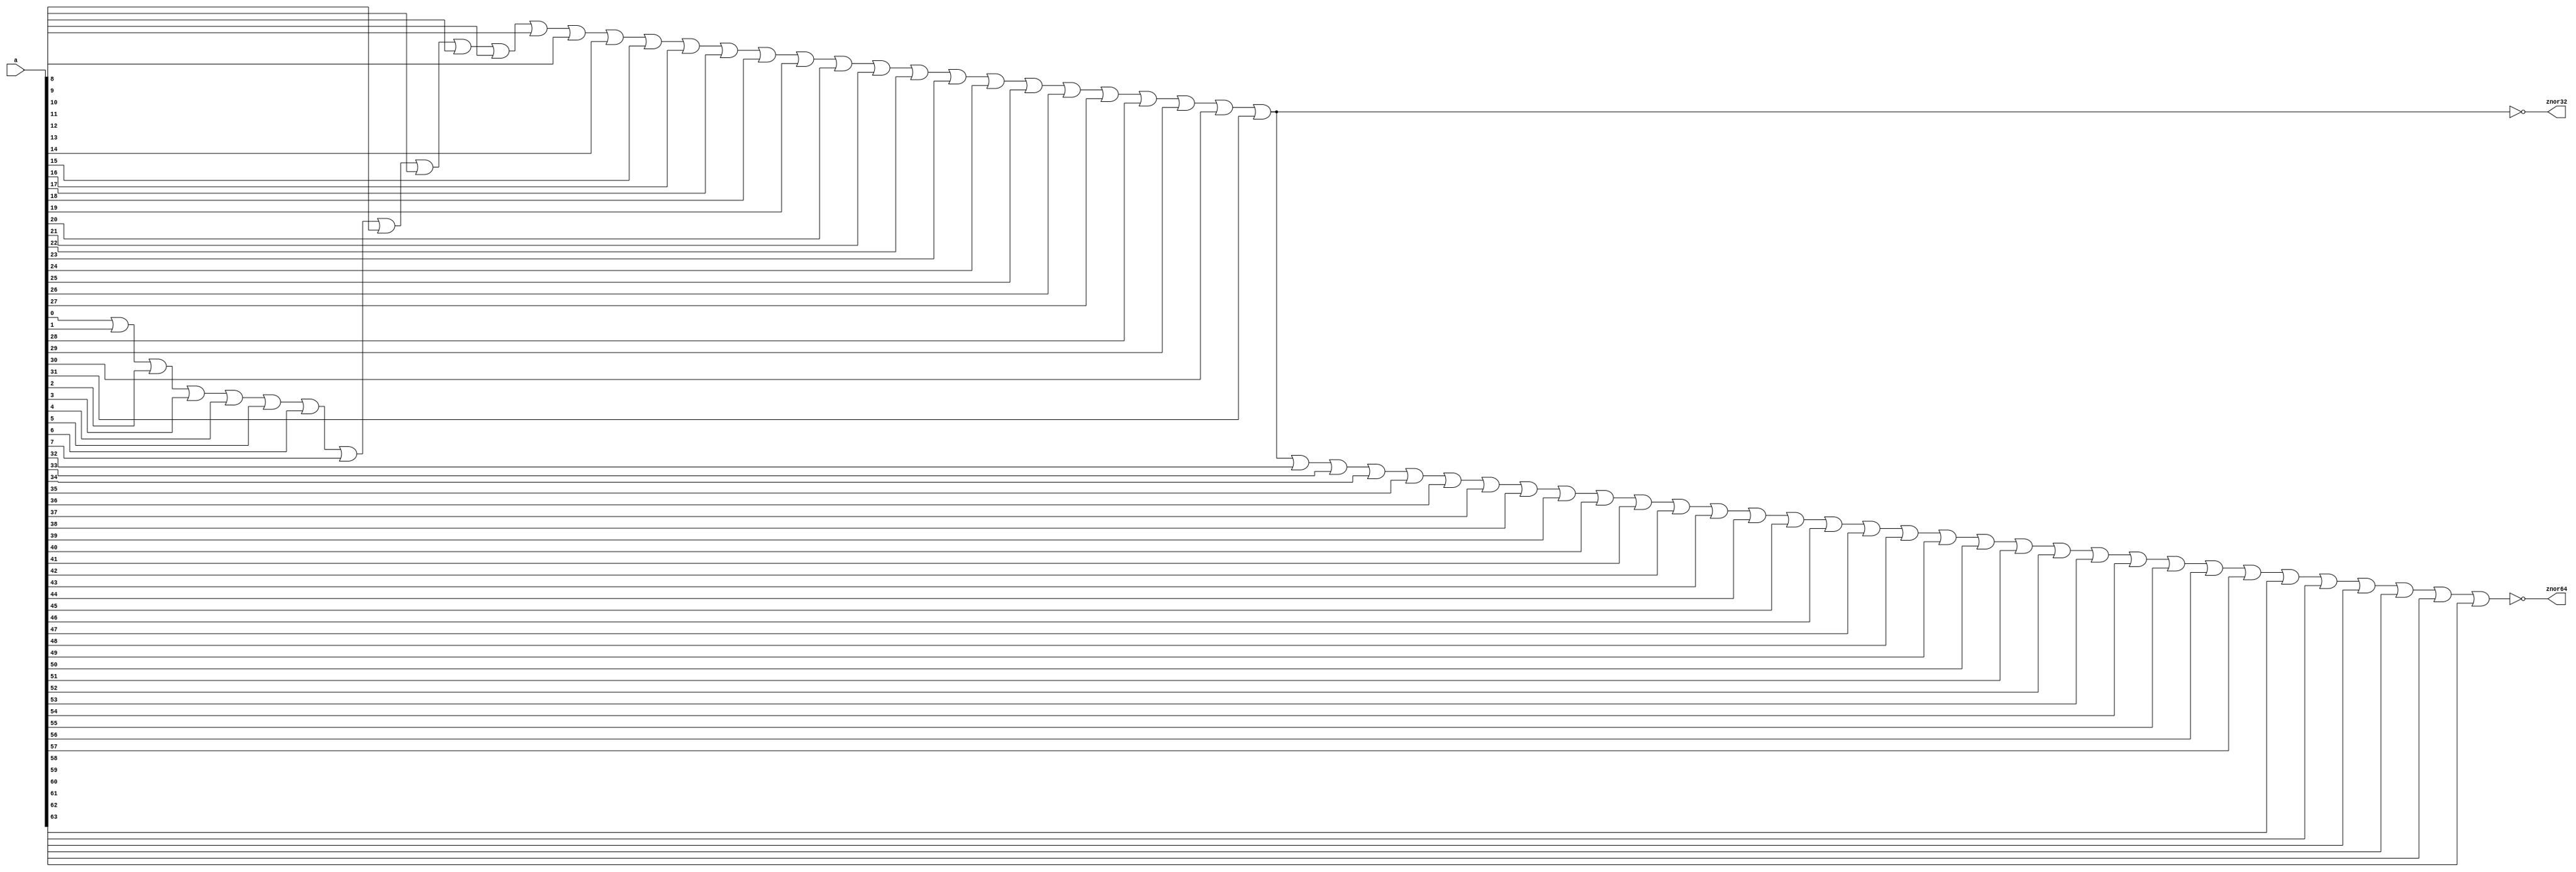
// ========== Copyright Header Begin ==========================================
// 
// OpenSPARC T1 Processor File: m1.behV
// Copyright (c) 2006 Sun Microsystems, Inc.  All Rights Reserved.
// DO NOT ALTER OR REMOVE COPYRIGHT NOTICES.
// 
// The above named program is free software; you can redistribute it and/or
// modify it under the terms of the GNU General Public
// License version 2 as published by the Free Software Foundation.
// 
// The above named program is distributed in the hope that it will be 
// useful, but WITHOUT ANY WARRANTY; without even the implied warranty of
// MERCHANTABILITY or FITNESS FOR A PARTICULAR PURPOSE.  See the GNU
// General Public License for more details.
// 
// You should have received a copy of the GNU General Public
// License along with this work; if not, write to the Free Software
// Foundation, Inc., 51 Franklin St, Fifth Floor, Boston, MA 02110-1301, USA.
// 
// ========== Copyright Header End ============================================
////////////////////////////////////////////////////////////////////////
// 64 bit nor gate with first 32 bits out

module zznor64_32 ( znor64, znor32, a );
  input  [63:0] a;
  output        znor64;
  output        znor32;

  assign znor32 =  ~(a[0]  | a[1]  | a[2]  | a[3]  | a[4]  | a[5]  | a[6]  | a[7]
		   | a[8]  | a[9]  | a[10] | a[11] | a[12] | a[13] | a[14] | a[15]
		   | a[16] | a[17] | a[18] | a[19] | a[20] | a[21] | a[22] | a[23]
		   | a[24] | a[25] | a[26] | a[27] | a[28] | a[29] | a[30] | a[31]); 

  assign znor64 =  ~(a[0]  | a[1]  | a[2]  | a[3]  | a[4]  | a[5]  | a[6]  | a[7]
		   | a[8]  | a[9]  | a[10] | a[11] | a[12] | a[13] | a[14] | a[15]
		   | a[16] | a[17] | a[18] | a[19] | a[20] | a[21] | a[22] | a[23]
		   | a[24] | a[25] | a[26] | a[27] | a[28] | a[29] | a[30] | a[31] 
		   | a[32] | a[33] | a[34] | a[35] | a[36] | a[37] | a[38] | a[39] 
		   | a[40] | a[41] | a[42] | a[43] | a[44] | a[45] | a[46] | a[47] 
		   | a[48] | a[49] | a[50] | a[51] | a[52] | a[53] | a[54] | a[55] 
		   | a[56] | a[57] | a[58] | a[59] | a[60] | a[61] | a[62] | a[63]);

endmodule // zznor64_32



////////////////////////////////////////////////////////////////////////////////
// 36 bit or gate

module zzor36 ( z, a );
  input  [35:0] a;
  output        z;

  assign z =  (a[0]  | a[1]  | a[2]  | a[3]  | a[4]  | a[5]  | a[6]  | a[7]
	     | a[8]  | a[9]  | a[10] | a[11] | a[12] | a[13] | a[14] | a[15]
	     | a[16] | a[17] | a[18] | a[19] | a[20] | a[21] | a[22] | a[23]
	     | a[24] | a[25] | a[26] | a[27] | a[28] | a[29] | a[30] | a[31]
	     | a[32] | a[33] | a[34] | a[35]); 
   
endmodule // zzor36



////////////////////////////////////////////////////////////////////////////////
// 32 bit or gate

module zzor32 ( z, a );
  input  [31:0] a;
  output        z;

  assign z =  (a[0]  | a[1]  | a[2]  | a[3]  | a[4]  | a[5]  | a[6]  | a[7]
	     | a[8]  | a[9]  | a[10] | a[11] | a[12] | a[13] | a[14] | a[15]
	     | a[16] | a[17] | a[18] | a[19] | a[20] | a[21] | a[22] | a[23]
	     | a[24] | a[25] | a[26] | a[27] | a[28] | a[29] | a[30] | a[31]); 

endmodule // zzor32



////////////////////////////////////////////////////////////////////////////////
// 24 bit nor gate

module zznor24 ( z, a );
  input  [23:0] a;
  output        z;

  assign z =  ~(a[0]  | a[1]  | a[2]  | a[3]  | a[4]  | a[5]  | a[6]  | a[7]
	      | a[8]  | a[9]  | a[10] | a[11] | a[12] | a[13] | a[14] | a[15]
	      | a[16] | a[17] | a[18] | a[19] | a[20] | a[21] | a[22] | a[23]); 

endmodule // zznor24



////////////////////////////////////////////////////////////////////////////////
// 16 bit nor gate

module zznor16 ( z, a );
  input  [15:0] a;
  output        z;

  assign z =  ~(a[0] | a[1] | a[2]  | a[3]  | a[4]  | a[5]  | a[6]  | a[7]
	      | a[8] | a[9] | a[10] | a[11] | a[12] | a[13] | a[14] | a[15]); 

endmodule // zznor16



////////////////////////////////////////////////////////////////////////////////
// 8 bit or gate

module zzor8 ( z, a );
  input  [7:0] a;
  output       z;

  assign z =  (a[0] | a[1] | a[2] | a[3] | a[4] | a[5] | a[6] | a[7]); 
   
endmodule // zzor8




////////////////////////////////////////////////////////////////////////////////
//  Description:	This block implements the adder for the sparc FPU.
//  			It takes two operands and a carry bit.  It adds them together
//			and sends the output to adder_out. 

module zzadd13 ( rs1_data, rs2_data, cin, adder_out );

  input  [12:0] rs1_data;   // 1st input operand
  input  [12:0] rs2_data;   // 2nd input operand
  input         cin;        // carry in

  output [12:0] adder_out;  // result of adder

  assign adder_out = rs1_data + rs2_data + cin;

endmodule // zzadd13



////////////////////////////////////////////////////////////////////////////////
//  Description:	This block implements the adder for the sparc FPU.
//  			It takes two operands and a carry bit.  It adds them together
//			and sends the output to adder_out. 

module zzadd56 ( rs1_data, rs2_data, cin, adder_out );

  input  [55:0] rs1_data;   // 1st input operand
  input  [55:0] rs2_data;   // 2nd input operand
  input         cin;        // carry in

  output [55:0] adder_out;  // result of adder

  assign adder_out = rs1_data + rs2_data + cin;

endmodule // zzadd56



////////////////////////////////////////////////////////////////////////////////

module zzadd48 ( rs1_data, rs2_data, cin, adder_out );

  input  [47:0] rs1_data;   // 1st input operand
  input  [47:0] rs2_data;   // 2nd input operand
  input         cin;        // carry in

  output [47:0] adder_out;  // result of adder

  assign adder_out = rs1_data + rs2_data + cin;

endmodule // zzadd48



////////////////////////////////////////////////////////////////////////////////
//  This adder is primarily used in the multiplier.
//  The cin to out path is optimized.

module zzadd34c ( rs1_data, rs2_data, cin, adder_out );

  input  [33:0] rs1_data;
  input  [33:0] rs2_data;
  input         cin;

  output [33:0] adder_out;

  assign adder_out = rs1_data + rs2_data + cin;


endmodule // zzadd34c



////////////////////////////////////////////////////////////////////////////////

module zzadd32 ( rs1_data, rs2_data, cin, adder_out, cout );

  input  [31:0] rs1_data;   // 1st input operand
  input  [31:0] rs2_data;   // 2nd input operand
  input         cin;        // carry in

  output [31:0] adder_out;  // result of adder
  output 	cout;       // carry out

  assign {cout, adder_out} = rs1_data + rs2_data + cin;

endmodule // zzadd32



////////////////////////////////////////////////////////////////////////////////

module zzadd18 ( rs1_data, rs2_data, cin, adder_out, cout );

  input  [17:0] rs1_data;   // 1st input operand
  input  [17:0] rs2_data;   // 2nd input operand
  input         cin;        // carry in

  output [17:0] adder_out;  // result of adder
  output 	cout;       // carry out

  assign {cout, adder_out} = rs1_data + rs2_data + cin;

endmodule // zzadd18



////////////////////////////////////////////////////////////////////////////////

module zzadd8 ( rs1_data, rs2_data, cin, adder_out, cout );

  input  [7:0] rs1_data;   // 1st input operand
  input  [7:0] rs2_data;   // 2nd input operand
  input        cin;        // carry in

  output [7:0] adder_out;  // result of add & decrement
  output       cout;       // carry out

  assign {cout, adder_out} = rs1_data + rs2_data + cin;

endmodule // zzadd8



////////////////////////////////////////////////////////////////////////////////
// Special 4-operand 32b adder used in spu_shamd5
//  Description:        This block implements the 4-operand 32-bit adder for SPU
//			It takes four 32-bit operands. It add them together and
//			output the 32-bit results to adder_out. The overflow of
//			32th bit and higher will be ignored.

module zzadd32op4 ( rs1_data, rs2_data, rs3_data, rs4_data, adder_out );

  input  [31:0] rs1_data;   // 1st input operand
  input  [31:0] rs2_data;   // 2nd input operand
  input  [31:0] rs3_data;   // 3rd input operand
  input  [31:0] rs4_data;   // 4th input operand

  output [31:0] adder_out;  // result of add

  assign adder_out = rs1_data + rs2_data + rs3_data + rs4_data;

endmodule // zzadd32op4


////////////////////////////////////////////////////////////////////////////////
//  Description:	This block implements the adder for the sparc alu.
//  			It takes two operands and a carry bit.  It adds them together
//			and sends the output to adder_out.  It outputs the overflow
//			and carry condition codes for both 64 bit and 32 bit operations.

module zzadd64 ( rs1_data, rs2_data, cin, adder_out, cout32, cout64 );

   input [63:0]  rs1_data;   // 1st input operand
   input [63:0]  rs2_data;   // 2nd input operand
   input         cin;        // carry in

   output [63:0] adder_out;  // result of adder
   output        cout32;     // carry out from lower 32 bit add
   output        cout64;     // carry out from 64 bit add

   assign {cout32, adder_out[31:0]}  = rs1_data[31:0]  + rs2_data[31:0]  + cin;
   assign {cout64, adder_out[63:32]} = rs1_data[63:32] + rs2_data[63:32] + cout32;

endmodule // zzadd64



///////////////////////////////////////////////////////////////////////
/*
//      Description: This is the ffu VIS adder.  It can do either
//                              2 16 bit adds or 1 32 bit add.
*/

module zzadd32v (/*AUTOARG*/
   // Outputs
   z,
   // Inputs
   a, b, cin, add32
   ) ;
   input [31:0] a;
   input [31:0] b;
   input        cin;
   input        add32;

   output [31:0] z;

   wire          cout15; // carry out from lower 16 bit add
   wire          cin16; // carry in to the upper 16 bit add
   wire          cout31; // carry out from the upper 16 bit add

   assign        cin16 = (add32)? cout15: cin;

   assign      {cout15, z[15:0]} = a[15:0]+b[15:0]+ cin;
   assign      {cout31, z[31:16]} = a[31:16]+b[31:16]+ cin16;

endmodule // zzadd32v




////////////////////////////////////////////////////////////////////////////////
// 64-bit incrementer

module zzinc64 ( in, out );

  input  [63:0] in;

  output [63:0] out;   // result of increment

  assign out = in + 1'b1;

endmodule // zzinc64


////////////////////////////////////////////////////////////////////////////////
// 48-bit incrementer

module zzinc48 ( in, out, overflow );

  input  [47:0] in;

  output [47:0] out;      // result of increment
  output        overflow; // overflow

  assign out      = in + 1'b1;
  assign overflow = ~in[47] & out[47];

endmodule // zzinc48


////////////////////////////////////////////////////////////////////////////////
// 32-bit incrementer

module zzinc32 ( in, out );

  input  [31:0] in;

  output [31:0] out;   // result of increment

  assign out = in + 1'b1;

endmodule // zzinc32


////////////////////////////////////////////////////////////////////////////////

module zzecc_exu_chkecc2 ( q,ce, ue, ne, d, p, vld );
   input [63:0] d;
   input [7:0]  p;
   input        vld;
   output [6:0] q;
   output       ce,
                ue,
                ne;

   wire       parity;

   assign     ce = vld & parity;

   assign ue = vld & ~parity & (q[6] | q[5] | q[4] | q[3] | q[2] | q[1] | q[0]);

   assign ne = ~vld | ~(parity | q[6] | q[5] | q[4] | q[3] | q[2] | q[1] | q[0]);


   assign q[0] = d[0]  ^ d[1]  ^ d[3]  ^ d[4]  ^ d[6]  ^ d[8]  ^ d[10]
               ^ d[11] ^ d[13] ^ d[15] ^ d[17] ^ d[19] ^ d[21] ^ d[23]
               ^ d[25] ^ d[26] ^ d[28] ^ d[30] ^ d[32] ^ d[34] ^ d[36]
               ^ d[38] ^ d[40] ^ d[42] ^ d[44] ^ d[46] ^ d[48] ^ d[50]
               ^ d[52] ^ d[54] ^ d[56] ^ d[57] ^ d[59] ^ d[61] ^ d[63]
               ^ p[0]  ;

   assign q[1] = d[0]  ^ d[2]  ^ d[3]  ^ d[5]  ^ d[6]  ^ d[9]  ^ d[10]
               ^ d[12] ^ d[13] ^ d[16] ^ d[17] ^ d[20] ^ d[21] ^ d[24]
               ^ d[25] ^ d[27] ^ d[28] ^ d[31] ^ d[32] ^ d[35] ^ d[36]
               ^ d[39] ^ d[40] ^ d[43] ^ d[44] ^ d[47] ^ d[48] ^ d[51]
               ^ d[52] ^ d[55] ^ d[56] ^ d[58] ^ d[59] ^ d[62] ^ d[63]
               ^ p[1]  ;

   assign q[2] = d[1]  ^ d[2]  ^ d[3]  ^ d[7]  ^ d[8]  ^ d[9]  ^ d[10]
               ^ d[14] ^ d[15] ^ d[16] ^ d[17] ^ d[22] ^ d[23] ^ d[24]
               ^ d[25] ^ d[29] ^ d[30] ^ d[31] ^ d[32] ^ d[37] ^ d[38]
               ^ d[39] ^ d[40] ^ d[45] ^ d[46] ^ d[47] ^ d[48] ^ d[53]
               ^ d[54] ^ d[55] ^ d[56] ^ d[60] ^ d[61] ^ d[62] ^ d[63]
               ^ p[2]  ;

   assign q[3] = d[4]  ^ d[5]  ^ d[6]  ^ d[7]  ^ d[8]  ^ d[9]  ^ d[10]
               ^ d[18] ^ d[19] ^ d[20] ^ d[21] ^ d[22] ^ d[23] ^ d[24]
               ^ d[25] ^ d[33] ^ d[34] ^ d[35] ^ d[36] ^ d[37] ^ d[38]
               ^ d[39] ^ d[40] ^ d[49] ^ d[50] ^ d[51] ^ d[52] ^ d[53]
               ^ d[54] ^ d[55] ^ d[56] ^ p[3]  ;

   assign q[4] = d[11] ^ d[12] ^ d[13] ^ d[14] ^ d[15] ^ d[16] ^ d[17]
               ^ d[18] ^ d[19] ^ d[20] ^ d[21] ^ d[22] ^ d[23] ^ d[24]
               ^ d[25] ^ d[41] ^ d[42] ^ d[43] ^ d[44] ^ d[45] ^ d[46]
               ^ d[47] ^ d[48] ^ d[49] ^ d[50] ^ d[51] ^ d[52] ^ d[53]
               ^ d[54] ^ d[55] ^ d[56] ^ p[4]  ;

   assign q[5] = d[26] ^ d[27] ^ d[28] ^ d[29] ^ d[30] ^ d[31] ^ d[32]
               ^ d[33] ^ d[34] ^ d[35] ^ d[36] ^ d[37] ^ d[38] ^ d[39]
               ^ d[40] ^ d[41] ^ d[42] ^ d[43] ^ d[44] ^ d[45] ^ d[46]
               ^ d[47] ^ d[48] ^ d[49] ^ d[50] ^ d[51] ^ d[52] ^ d[53]
               ^ d[54] ^ d[55] ^ d[56] ^ p[5]  ;

   assign q[6] = d[57] ^ d[58] ^ d[59] ^ d[60] ^ d[61] ^ d[62] ^ d[63] ^ p[6] ;

   assign parity = d[0]  ^ d[1]  ^ d[2]  ^ d[3]  ^ d[4]  ^ d[5]  ^ d[6]  ^ d[7]
                 ^ d[8]  ^ d[9]  ^ d[10] ^ d[11] ^ d[12] ^ d[13] ^ d[14] ^ d[15]
                 ^ d[16] ^ d[17] ^ d[18] ^ d[19] ^ d[20] ^ d[21] ^ d[22] ^ d[23]
                 ^ d[24] ^ d[25] ^ d[26] ^ d[27] ^ d[28] ^ d[29] ^ d[30] ^ d[31]
                 ^ d[32] ^ d[33] ^ d[34] ^ d[35] ^ d[36] ^ d[37] ^ d[38] ^ d[39]
                 ^ d[40] ^ d[41] ^ d[42] ^ d[43] ^ d[44] ^ d[45] ^ d[46] ^ d[47]
                 ^ d[48] ^ d[49] ^ d[50] ^ d[51] ^ d[52] ^ d[53] ^ d[54] ^ d[55]
                 ^ d[56] ^ d[57] ^ d[58] ^ d[59] ^ d[60] ^ d[61] ^ d[62] ^ d[63]
                 ^ p[0]  ^ p[1]  ^ p[2]  ^ p[3]  ^ p[4]  ^ p[5]  ^ p[6]  ^ p[7];

endmodule // zzecc_exu_chkecc2



////////////////////////////////////////////////////////////////////////////////

module zzecc_sctag_24b_gen ( din, dout, parity ) ;

// Input Ports
input  [23:0] din ;

// Output Ports
output [23:0] dout ;
output [5:0]  parity ;

wire   [23:0] dout ;
wire   [5:0]  parity ;

// Local Reg and Wires
wire          p1 ;
wire          p2 ;
wire          p4 ;
wire          p8 ;
wire          p16 ;
wire          p30 ;


//----|--|--|--|--|--|--|--|--|--|--|--|--|--|--|---|---|---|---|---|---|---|---|---|---|---|---|---|---|---|---|
//    |1 |2 |3 |4 |5 |6 |7 |8 |9 |10|11|12|13|14|15 |16 |17 |18 |19 |20 |21 |22 |23 |24 |25 |26 |27 |28 |29 |30 |
//    |P1|P2|D0|P4|D1|D2|D3|P8|D4|D5|D6|D7|D8|D9|D10|P16|D11|D12|D13|D14|D15|D16|D17|D18|D19|D20|D21|D22|D23|P30|
//----|--|--|--|--|--|--|--|--|--|--|--|--|--|--|---|---|---|---|---|---|---|---|---|---|---|---|---|---|---|---|
//P1  |  |  |* |  |* |  |* |  |* |  |* |  |* |  | * |   | * |   | * |   | * |   | * |   | * |   | * |   | * |   |
//P2  |  |  |* |  |  |* |* |  |  |* |* |  |  |* | * |   |   | * | * |   |   | * | * |   |   | * | * |   |   |   |
//P4  |  |  |  |  |* |* |* |  |  |  |  |* |* |* | * |   |   |   |   | * | * | * | * |   |   |   |   | * | * |   |
//P8  |  |  |  |  |  |  |  |  |* |* |* |* |* |* | * |   |   |   |   |   |   |   |   | * | * | * | * | * | * |   |
//P16 |  |  |  |  |  |  |  |  |  |  |  |  |  |  |   |   | * | * | * | * | * | * | * | * | * | * | * | * | * |   |
//----|--|--|--|--|--|--|--|--|--|--|--|--|--|--|---|---|---|---|---|---|---|---|---|---|---|---|---|---|---|---|
//p30 |  |  |* |  |* |* |  |  |* |* |  |* |  |  | * |   | * | * |   | * |   |   | * | * |   |   | * |   | * |   |
//----|--|--|--|--|--|--|--|--|--|--|--|--|--|--|---|---|---|---|---|---|---|---|---|---|---|---|---|---|---|---|


assign p1  = din[0]  ^ din[1]  ^ din[3]  ^ din[4]  ^ din[6]  ^ din[8]  ^
             din[10] ^ din[11] ^ din[13] ^ din[15] ^ din[17] ^ din[19] ^
             din[21] ^ din[23] ;

assign p2  = din[0]  ^ din[2]  ^ din[3]  ^ din[5]  ^ din[6]  ^ din[9]  ^
             din[10] ^ din[12] ^ din[13] ^ din[16] ^ din[17] ^ din[20] ^
             din[21] ;

assign p4  = din[1]  ^ din[2]  ^ din[3]  ^ din[7]  ^ din[8]  ^ din[9]  ^
             din[10] ^ din[14] ^ din[15] ^ din[16] ^ din[17] ^ din[22] ^
             din[23] ;

assign p8  = din[4]  ^ din[5]  ^ din[6]  ^ din[7]  ^ din[8]  ^ din[9]  ^
             din[10] ^ din[18] ^ din[19] ^ din[20] ^ din[21] ^ din[22] ^
             din[23] ;

assign p16 = din[11] ^ din[12] ^ din[13] ^ din[14] ^ din[15] ^ din[16] ^
             din[17] ^ din[18] ^ din[19] ^ din[20] ^ din[21] ^ din[22] ^
             din[23] ;

assign p30 = din[0]  ^ din[1]  ^ din[2]  ^ din[4]  ^ din[5]  ^
             din[7]  ^ din[10] ^ din[11] ^ din[12] ^ din[14] ^
             din[17] ^ din[18] ^ din[21] ^ din[23] ;

assign dout   = din ;
assign parity = {p30, p16, p8, p4, p2, p1} ;

endmodule



////////////////////////////////////////////////////////////////////////////////

module zzecc_sctag_30b_cor ( din, parity, dout, corrected_bit ) ;

// Input Ports
input  [23:0] din ;
input  [4:0]  parity ;

// Output Ports
output [23:0] dout ;
output [4:0]  corrected_bit ;

wire   [23:0] dout ;
wire   [4:0]  corrected_bit ;

// Local Reg and Wires
wire          p1 ;
wire          p2 ;
wire          p4 ;
wire          p8 ;
wire          p16 ;
wire [23:0]   error_bit ;


//----|--|--|--|--|--|--|--|--|--|--|--|--|--|--|---|---|---|---|---|---|---|---|---|---|---|---|---|---|---|---|
//    |1 |2 |3 |4 |5 |6 |7 |8 |9 |10|11|12|13|14|15 |16 |17 |18 |19 |20 |21 |22 |23 |24 |25 |26 |27 |28 |29 |30 |
//    |P1|P2|D0|P4|D1|D2|D3|P8|D4|D5|D6|D7|D8|D9|D10|P16|D11|D12|D13|D14|D15|D16|D17|D18|D19|D20|D21|D22|D23|P30|
//----|--|--|--|--|--|--|--|--|--|--|--|--|--|--|---|---|---|---|---|---|---|---|---|---|---|---|---|---|---|---|
//P1  |* |  |* |  |* |  |* |  |* |  |* |  |* |  | * |   | * |   | * |   | * |   | * |   | * |   | * |   | * |   |
//P2  |  |* |* |  |  |* |* |  |  |* |* |  |  |* | * |   |   | * | * |   |   | * | * |   |   | * | * |   |   |   |
//P4  |  |  |  |* |* |* |* |  |  |  |  |* |* |* | * |   |   |   |   | * | * | * | * |   |   |   |   | * | * |   |
//P8  |  |  |  |  |  |  |  |* |* |* |* |* |* |* | * |   |   |   |   |   |   |   |   | * | * | * | * | * | * |   |
//P16 |  |  |  |  |  |  |  |  |  |  |  |  |  |  |   | * | * | * | * | * | * | * | * | * | * | * | * | * | * |   |
//----|--|--|--|--|--|--|--|--|--|--|--|--|--|--|---|---|---|---|---|---|---|---|---|---|---|---|---|---|---|---|
//p30 |* |* |* |* |* |* |* |* |* |* |* |* |* |* | * | * | * | * | * | * | * | * | * | * | * | * | * | * | * | * |
//----|--|--|--|--|--|--|--|--|--|--|--|--|--|--|---|---|---|---|---|---|---|---|---|---|---|---|---|---|---|---|


assign p1  = parity[0] ^
             din[0]  ^ din[1]  ^ din[3]  ^ din[4]  ^ din[6]  ^ din[8]  ^
             din[10] ^ din[11] ^ din[13] ^ din[15] ^ din[17] ^ din[19] ^
             din[21] ^ din[23] ;

assign p2  = parity[1] ^
             din[0]  ^ din[2]  ^ din[3]  ^ din[5]  ^ din[6]  ^ din[9]  ^
             din[10] ^ din[12] ^ din[13] ^ din[16] ^ din[17] ^ din[20] ^
             din[21] ;

assign p4  = parity[2] ^
             din[1]  ^ din[2]  ^ din[3]  ^ din[7]  ^ din[8]  ^ din[9]  ^
             din[10] ^ din[14] ^ din[15] ^ din[16] ^ din[17] ^ din[22] ^
             din[23] ;

assign p8  = parity[3] ^
             din[4]  ^ din[5]  ^ din[6]  ^ din[7]  ^ din[8]  ^ din[9]  ^
             din[10] ^ din[18] ^ din[19] ^ din[20] ^ din[21] ^ din[22] ^
             din[23] ;

assign p16 = parity[4] ^
             din[11] ^ din[12] ^ din[13] ^ din[14] ^ din[15] ^ din[16] ^
             din[17] ^ din[18] ^ din[19] ^ din[20] ^ din[21] ^ din[22] ^
             din[23] ;

assign  error_bit[0]  = !p16 & !p8 & !p4 &  p2 &  p1 ; // 3
assign  error_bit[1]  = !p16 & !p8 &  p4 & !p2 &  p1 ; // 5
assign  error_bit[2]  = !p16 & !p8 &  p4 &  p2 & !p1 ; // 6
assign  error_bit[3]  = !p16 & !p8 &  p4 &  p2 &  p1 ; // 7
assign  error_bit[4]  = !p16 &  p8 & !p4 & !p2 &  p1 ; // 9
assign  error_bit[5]  = !p16 &  p8 & !p4 &  p2 & !p1 ; // 10
assign  error_bit[6]  = !p16 &  p8 & !p4 &  p2 &  p1 ; // 11
assign  error_bit[7]  = !p16 &  p8 &  p4 & !p2 & !p1 ; // 12
assign  error_bit[8]  = !p16 &  p8 &  p4 & !p2 &  p1 ; // 13
assign  error_bit[9]  = !p16 &  p8 &  p4 &  p2 & !p1 ; // 14
assign  error_bit[10] = !p16 &  p8 &  p4 &  p2 &  p1 ; // 15
assign  error_bit[11] =  p16 & !p8 & !p4 & !p2 &  p1 ; // 17
assign  error_bit[12] =  p16 & !p8 & !p4 &  p2 & !p1 ; // 18
assign  error_bit[13] =  p16 & !p8 & !p4 &  p2 &  p1 ; // 19
assign  error_bit[14] =  p16 & !p8 &  p4 & !p2 & !p1 ; // 20
assign  error_bit[15] =  p16 & !p8 &  p4 & !p2 &  p1 ; // 21
assign  error_bit[16] =  p16 & !p8 &  p4 &  p2 & !p1 ; // 22
assign  error_bit[17] =  p16 & !p8 &  p4 &  p2 &  p1 ; // 23
assign  error_bit[18] =  p16 &  p8 & !p4 & !p2 & !p1 ; // 24
assign  error_bit[19] =  p16 &  p8 & !p4 & !p2 &  p1 ; // 25
assign  error_bit[20] =  p16 &  p8 & !p4 &  p2 & !p1 ; // 26
assign  error_bit[21] =  p16 &  p8 & !p4 &  p2 &  p1 ; // 27
assign  error_bit[22] =  p16 &  p8 &  p4 & !p2 & !p1 ; // 28
assign  error_bit[23] =  p16 &  p8 &  p4 & !p2 &  p1 ; // 29

assign  dout          = din ^ error_bit ;
assign  corrected_bit = {p16, p8, p4, p2, p1} ;

endmodule



////////////////////////////////////////////////////////////////////////////////
//Module Name: zzecc_sctag_ecc39
//Function: Error Detection and Correction
//
//

module zzecc_sctag_ecc39 ( dout, cflag, pflag, parity, din);

   //Output: 32bit corrected data
   output[31:0] dout;
   output [5:0] cflag;
   output 	pflag;
   
   //Input: 32bit data din
   input [31:0] din;
   input [6:0]	parity;

   wire 	c0,c1,c2,c3,c4,c5;
   wire [31:0] 	err_bit_pos;

   //refer to the comments in parity_gen_32b.v for the position description
   
   assign c0= parity[0]^(din[0]^din[1])^(din[3]^din[4])^(din[6]^din[8])
                     ^(din[10]^din[11])^(din[13]^din[15])^(din[17]^din[19])
		     ^(din[21]^din[23])^(din[25]^din[26])^(din[28]^din[30]);
   
   assign c1= parity[1]^(din[0]^din[2])^(din[3]^din[5])^(din[6]^din[9])
                     ^(din[10]^din[12])^(din[13]^din[16])^(din[17]^din[20])
		     ^(din[21]^din[24])^(din[25]^din[27])^(din[28]^din[31]);
   
   assign c2= parity[2]^(din[1]^din[2])^(din[3]^din[7])^(din[8]^din[9])
                     ^(din[10]^din[14])^(din[15]^din[16])^(din[17]^din[22])
		     ^(din[23]^din[24])^(din[25]^din[29])^(din[30]^din[31]);
   
   assign c3= parity[3]^(din[4]^din[5])^(din[6]^din[7])^(din[8]^din[9])
                     ^(din[10]^din[18])^(din[19]^din[20])^(din[21]^din[22])
		     ^(din[23]^din[24])^din[25];
   
   assign c4= parity[4]^(din[11]^din[12])^(din[13]^din[14])^
                    (din[15]^din[16])^(din[17]^din[18])^(din[19]^din[20])^
                    (din[21]^din[22])^(din[23]^din[24])^din[25];

   assign c5= parity[5]^(din[26]^din[27])^(din[28]^din[29])^
		    (din[30]^din[31]);

   //generate total parity flag
   assign pflag= c0 ^
		(( (((parity[1]^parity[2])^(parity[3]^parity[4])) ^
		 ((parity[5]^parity[6])^(din[2]^din[5]))) ^		 
		 (((din[7]^din[9])^(din[12]^din[14])) ^
		 ((din[16]^din[18])^(din[20]^din[22]))) ) ^
		 ((din[24]^din[27])^(din[29]^din[31])) );
   
   assign cflag= {c5,c4,c3,c2,c1,c0};
   
   //6 to 32 decoder
   assign err_bit_pos[0] = (c0)&(c1)&(~c2)&(~c3)&(~c4)&(~c5);
   assign err_bit_pos[1] = (c0)&(~c1)&(c2)&(~c3)&(~c4)&(~c5);
   assign err_bit_pos[2] = (~c0)&(c1)&(c2)&(~c3)&(~c4)&(~c5);
   assign err_bit_pos[3] = (c0)&(c1)&(c2)&(~c3)&(~c4)&(~c5);
   assign err_bit_pos[4] = (c0)&(~c1)&(~c2)&(c3)&(~c4)&(~c5);
   assign err_bit_pos[5] = (~c0)&(c1)&(~c2)&(c3)&(~c4)&(~c5);
   assign err_bit_pos[6] = (c0)&(c1)&(~c2)&(c3)&(~c4)&(~c5);
   assign err_bit_pos[7] = (~c0)&(~c1)&(c2)&(c3)&(~c4)&(~c5);
   assign err_bit_pos[8] = (c0)&(~c1)&(c2)&(c3)&(~c4)&(~c5);
   assign err_bit_pos[9] = (~c0)&(c1)&(c2)&(c3)&(~c4)&(~c5);
   assign err_bit_pos[10] = (c0)&(c1)&(c2)&(c3)&(~c4)&(~c5);
   assign err_bit_pos[11] = (c0)&(~c1)&(~c2)&(~c3)&(c4)&(~c5);
   assign err_bit_pos[12] = (~c0)&(c1)&(~c2)&(~c3)&(c4)&(~c5);
   assign err_bit_pos[13] = (c0)&(c1)&(~c2)&(~c3)&(c4)&(~c5);
   assign err_bit_pos[14] = (~c0)&(~c1)&(c2)&(~c3)&(c4)&(~c5);
   assign err_bit_pos[15] = (c0)&(~c1)&(c2)&(~c3)&(c4)&(~c5);
   assign err_bit_pos[16] = (~c0)&(c1)&(c2)&(~c3)&(c4)&(~c5);
   assign err_bit_pos[17] = (c0)&(c1)&(c2)&(~c3)&(c4)&(~c5);
   assign err_bit_pos[18] = (~c0)&(~c1)&(~c2)&(c3)&(c4)&(~c5);
   assign err_bit_pos[19] = (c0)&(~c1)&(~c2)&(c3)&(c4)&(~c5);
   assign err_bit_pos[20] = (~c0)&(c1)&(~c2)&(c3)&(c4)&(~c5);
   assign err_bit_pos[21] = (c0)&(c1)&(~c2)&(c3)&(c4)&(~c5);
   assign err_bit_pos[22] = (~c0)&(~c1)&(c2)&(c3)&(c4)&(~c5);
   assign err_bit_pos[23] = (c0)&(~c1)&(c2)&(c3)&(c4)&(~c5);
   assign err_bit_pos[24] = (~c0)&(c1)&(c2)&(c3)&(c4)&(~c5);
   assign err_bit_pos[25] = (c0)&(c1)&(c2)&(c3)&(c4)&(~c5);
   assign err_bit_pos[26] = (c0)&(~c1)&(~c2)&(~c3)&(~c4)&(c5);
   assign err_bit_pos[27] = (~c0)&(c1)&(~c2)&(~c3)&(~c4)&(c5);
   assign err_bit_pos[28] = (c0)&(c1)&(~c2)&(~c3)&(~c4)&(c5);
   assign err_bit_pos[29] = (~c0)&(~c1)&(c2)&(~c3)&(~c4)&(c5);
   assign err_bit_pos[30] = (c0)&(~c1)&(c2)&(~c3)&(~c4)&(c5);
   assign err_bit_pos[31] = (~c0)&(c1)&(c2)&(~c3)&(~c4)&(c5);

   //correct the error bit, it can only correct one error bit.
   
   assign dout = din ^ err_bit_pos;

endmodule // zzecc_sctag_ecc39


////////////////////////////////////////////////////////////////////////////////
//Module Name: zzecc_sctag_pgen_32b
//Function: Generate 7 parity bits for 32bits input data
//

module zzecc_sctag_pgen_32b ( dout, parity, din);

   //Output: 32bit dout and 7bit parity bit
   output[31:0] dout;
   output [6:0] parity;

   //Input: 32bit data din
   input [31:0] din;

   //input data passing through this module
   assign dout = din ;

   //generate parity bits based on the hamming codes
   //the method to generate parity bit is shown as follows
   //1   2  3  4  5  6  7  8  9 10 11 12 13 14  15  16  17  18  19
   //P1 P2 d0 P4 d1 d2 d3 P8 d4 d5 d6 d7 d8 d9 d10 P16 d11 d12 d13 
   //
   // 20  21  22  23  24  25  26  27  28  29  30  31  32  33  34  35 
   //d14 d15 d16 d17 d18 d19 d20 d21 d22 d23 d24 d25 P32 d26 d27 d28
   //
   // 36  37  38       
   //d29 d30 d31
   //For binary numbers B1-B2-B3-B4-B5-B6:
   //B1=1 for (1,3,5,7,9,11,13,15,17,19,21,23,25,27,29,31,33,35,37,39,...)
   //B2=1 for (2,3,6,7,10,11,14,15,18,19,22,23,26,27,30,31,34,35,38,39...)
   //B3=1 for (4,5,6,7,12,13,14,15,20,21,22,23,28,29,30,31,36,37,38,39....)
   //B4=1 for (8,9,10,11,12,13,14,15,24,25,26,27,28,29,30,31,40,41,42,....)
   //B5=1 for (16,17,18,19,20,21,22,23,24,25,26,27,28,29,30,31,48,49,...)
   //B6=1 for (32,33,34,35,36,37,38,39,40,41,42,43,44,45,46,47,48,49...)
   //Parity bit P1,P2,P4,P8,P16,P32 can be generated from the above group of
   //bits B1=1,B2=1,B3=1,B4=1,B5=1,B6=1 respectively.

   //use parity[5:0] to stand for P1,P2,P4,P8,P16,P32
   assign parity[0] = (din[0]^din[1])^(din[3]^din[4])^(din[6]^din[8])
                     ^(din[10]^din[11])^(din[13]^din[15])^(din[17]^din[19])
		     ^(din[21]^din[23])^(din[25]^din[26])^(din[28]^din[30]);
   //
   assign parity[1] = (din[0]^din[2])^(din[3]^din[5])^(din[6]^din[9])
                     ^(din[10]^din[12])^(din[13]^din[16])^(din[17]^din[20])
		     ^(din[21]^din[24])^(din[25]^din[27])^(din[28]^din[31]);
   //
   assign parity[2] = (din[1]^din[2])^(din[3]^din[7])^(din[8]^din[9])
                     ^(din[10]^din[14])^(din[15]^din[16])^(din[17]^din[22])
		     ^(din[23]^din[24])^(din[25]^din[29])^(din[30]^din[31]);
   //
   assign parity[3] = (din[4]^din[5])^(din[6]^din[7])^(din[8]^din[9])
                     ^(din[10]^din[18])^(din[19]^din[20])^(din[21]^din[22])
		     ^(din[23]^din[24])^din[25];
   //
   assign parity[4] = (din[11]^din[12])^(din[13]^din[14])^(din[15]^din[16])
                     ^(din[17]^din[18])^(din[19]^din[20])^(din[21]^din[22])
		     ^(din[23]^din[24])^din[25];
   //
   assign parity[5] = (din[26]^din[27])^(din[28]^din[29])^(din[30]^din[31]);

   //the last parity bit is the xor of all 38bits
   //assign parity[6] = (^din)^(^parity[5:0]);
   //it can be further simplified as:
   //din= d0  d1  d2  d3  d4  d5  d6  d7  d8  d9 d10 d11 d12 d13 d14 d15 
   //p0 =  x   x       x   x       x       x       x   x       x       x
   //p1 =  x       x   x       x   x           x   x       x   x
   //p2 =      x   x   x               x   x   x   x               x   x
   //p3 =                  x   x   x   x   x   x   x  
   //p4 =                                              x   x   x   x   x
   //p5 =
   //-------------------------------------------------------------------
   //Total 3   3   3   4   3   3   4   3   4   4   5   3   3   4   3   4 
   //
   //din=d16 d17 d18 d19 d20 d21 d22 d23 d24 d25 d26 d27 d28 d29 d30 d31 
   //p0=       x       x       x       x       x   x       x       x    
   //p1=   x   x           x   x           x   x       x   x           x
   //p2=   x   x                   x   x   x   x               x   x   x
   //p3=           x   x   x   x   x   x   x   x
   //p4=   x   x   x   x   x   x   x   x   x   x
   //p5=                                           x   x   x   x   x   x
   //-------------------------------------------------------------------
   //total 4   5   3   4   4   5   4   5   5   6   3   3   4   3   4   4

   //so total=even number, the corresponding bit will not show up in the
   //final xor tree.
   assign parity[6] =  din[0] ^ din[1]  ^ din[2]  ^ din[4]  ^ din[5] ^ din[7]
		    ^ din[10] ^ din[11] ^ din[12] ^ din[14] ^ din[17]
		    ^ din[18] ^ din[21] ^ din[23] ^ din[24] ^ din[26]
		    ^ din[27] ^ din[29];
   
endmodule // zzecc_sctag_pgen_32b

////////////////////////////////////////////////////////////////////////////////
// 34 bit parity tree

module zzpar34 ( z, d );
   input  [33:0] d;
   output        z;

   assign  z =  d[0]  ^ d[1]  ^ d[2]  ^ d[3]  ^ d[4]  ^ d[5]  ^ d[6]  ^ d[7]
	      ^ d[8]  ^ d[9]  ^ d[10] ^ d[11] ^ d[12] ^ d[13] ^ d[14] ^ d[15]
	      ^ d[16] ^ d[17] ^ d[18] ^ d[19] ^ d[20] ^ d[21] ^ d[22] ^ d[23]
	      ^ d[24] ^ d[25] ^ d[26] ^ d[27] ^ d[28] ^ d[29] ^ d[30] ^ d[31]
	      ^ d[32] ^ d[33]; 

endmodule // zzpar34



////////////////////////////////////////////////////////////////////////////////
// 32 bit parity tree

module zzpar32 ( z, d );
   input  [31:0] d;
   output        z;

   assign  z =  d[0]  ^ d[1]  ^ d[2]  ^ d[3]  ^ d[4]  ^ d[5]  ^ d[6]  ^ d[7]
	      ^ d[8]  ^ d[9]  ^ d[10] ^ d[11] ^ d[12] ^ d[13] ^ d[14] ^ d[15]
	      ^ d[16] ^ d[17] ^ d[18] ^ d[19] ^ d[20] ^ d[21] ^ d[22] ^ d[23]
	      ^ d[24] ^ d[25] ^ d[26] ^ d[27] ^ d[28] ^ d[29] ^ d[30] ^ d[31]; 

endmodule // zzpar32



////////////////////////////////////////////////////////////////////////////////
// 28 bit parity tree

module zzpar28 ( z, d );
   input  [27:0] d;
   output        z;

   assign  z =  d[0]  ^ d[1]  ^ d[2]  ^ d[3]  ^ d[4]  ^ d[5]  ^ d[6]  ^ d[7]
	      ^ d[8]  ^ d[9]  ^ d[10] ^ d[11] ^ d[12] ^ d[13] ^ d[14] ^ d[15]
	      ^ d[16] ^ d[17] ^ d[18] ^ d[19] ^ d[20] ^ d[21] ^ d[22] ^ d[23]
	      ^ d[24] ^ d[25] ^ d[26] ^ d[27]; 

endmodule // zzpar28



////////////////////////////////////////////////////////////////////////////////
// 16 bit parity tree

module zzpar16 ( z, d );
   input  [15:0] d;
   output        z;

   assign z = d[0] ^ d[1] ^ d[2]  ^ d[3]  ^ d[4]  ^ d[5]  ^ d[6]  ^ d[7]
	    ^ d[8] ^ d[9] ^ d[10] ^ d[11] ^ d[12] ^ d[13] ^ d[14] ^ d[15]; 
   
endmodule // zzpar16



////////////////////////////////////////////////////////////////////////////////
// 8 bit parity tree

module zzpar8 ( z, d );
   input  [7:0] d;
   output       z;

   assign  z =  d[0] ^ d[1] ^ d[2] ^ d[3] ^ d[4] ^ d[5] ^ d[6] ^ d[7]; 

endmodule // zzpar8



////////////////////////////////////////////////////////////////////////////////
//    64 -> 6 priority encoder
//    Bit 63 has the highest priority

module zzpenc64 (/*AUTOARG*/
   // Outputs
   z, 
   // Inputs
  a 
   );

   input [63:0] a;
   output [5:0] z;

   integer      i;
   reg  [5:0]   z;

     always @ (a)
     begin
          z = 6'b0;
          for (i=0;i<64;i=i+1)
               if (a[i])
                      z = i;
     end

endmodule // zzpenc64

////////////////////////////////////////////////////////////////////////////////
//    4-bit 60x buffers

module zzbufh_60x4 (/*AUTOARG*/
   // Outputs
   z,
   // Inputs
  a
   );

   input [3:0] a;
   output [3:0] z;

   assign z = a;

endmodule //zzbufh_60x4

// LVT modules added below

module zzadd64_lv ( rs1_data, rs2_data, cin, adder_out, cout32, cout64 );

   input [63:0]  rs1_data;   // 1st input operand
   input [63:0]  rs2_data;   // 2nd input operand
   input         cin;        // carry in

   output [63:0] adder_out;  // result of adder
   output        cout32;     // carry out from lower 32 bit add
   output        cout64;     // carry out from 64 bit add

   assign {cout32, adder_out[31:0]}  = rs1_data[31:0]  + rs2_data[31:0]  + cin;
   assign {cout64, adder_out[63:32]} = rs1_data[63:32] + rs2_data[63:32] + cout32;

endmodule // zzadd64_lv

module zzpar8_lv ( z, d );
   input  [7:0] d;
   output       z;

   assign  z =  d[0] ^ d[1] ^ d[2] ^ d[3] ^ d[4] ^ d[5] ^ d[6] ^ d[7]; 

endmodule // zzpar8_lv


module zzpar32_lv ( z, d );
   input  [31:0] d;
   output        z;

   assign  z =  d[0]  ^ d[1]  ^ d[2]  ^ d[3]  ^ d[4]  ^ d[5]  ^ d[6]  ^ d[7]
              ^ d[8]  ^ d[9]  ^ d[10] ^ d[11] ^ d[12] ^ d[13] ^ d[14] ^ d[15]
              ^ d[16] ^ d[17] ^ d[18] ^ d[19] ^ d[20] ^ d[21] ^ d[22] ^ d[23]
              ^ d[24] ^ d[25] ^ d[26] ^ d[27] ^ d[28] ^ d[29] ^ d[30] ^ d[31];

endmodule // zzpar32_lv



module zznor64_32_lv ( znor64, znor32, a );
  input  [63:0] a;
  output        znor64;
  output        znor32;

  assign znor32 =  ~(a[0]  | a[1]  | a[2]  | a[3]  | a[4]  | a[5]  | a[6]  | a[7]
		   | a[8]  | a[9]  | a[10] | a[11] | a[12] | a[13] | a[14] | a[15]
		   | a[16] | a[17] | a[18] | a[19] | a[20] | a[21] | a[22] | a[23]
		   | a[24] | a[25] | a[26] | a[27] | a[28] | a[29] | a[30] | a[31]); 

  assign znor64 =  ~(a[0]  | a[1]  | a[2]  | a[3]  | a[4]  | a[5]  | a[6]  | a[7]
		   | a[8]  | a[9]  | a[10] | a[11] | a[12] | a[13] | a[14] | a[15]
		   | a[16] | a[17] | a[18] | a[19] | a[20] | a[21] | a[22] | a[23]
		   | a[24] | a[25] | a[26] | a[27] | a[28] | a[29] | a[30] | a[31] 
		   | a[32] | a[33] | a[34] | a[35] | a[36] | a[37] | a[38] | a[39] 
		   | a[40] | a[41] | a[42] | a[43] | a[44] | a[45] | a[46] | a[47] 
		   | a[48] | a[49] | a[50] | a[51] | a[52] | a[53] | a[54] | a[55] 
		   | a[56] | a[57] | a[58] | a[59] | a[60] | a[61] | a[62] | a[63]);

endmodule // zznor64_32_lv

////////////////////////////////////////////////////////////////////////////////
//    64 -> 6 priority encoder
//    Bit 63 has the highest priority
//    LVT version

module zzpenc64_lv (/*AUTOARG*/
   // Outputs
   z,
   // Inputs
  a
   );

   input [63:0] a;
   output [5:0] z;

   integer      i;
   reg  [5:0]   z;

     always @ (a)
     begin
          z = 6'b0;
          for (i=0;i<64;i=i+1)
               if (a[i])
                      z = i;
     end

endmodule // zzpenc64_lv

////////////////////////////////////////////////////////////////////////////////
// 36 bit or gate
// LVT version

module zzor36_lv ( z, a );
  input  [35:0] a;
  output        z;

  assign z =  (a[0]  | a[1]  | a[2]  | a[3]  | a[4]  | a[5]  | a[6]  | a[7]
             | a[8]  | a[9]  | a[10] | a[11] | a[12] | a[13] | a[14] | a[15]
             | a[16] | a[17] | a[18] | a[19] | a[20] | a[21] | a[22] | a[23]
             | a[24] | a[25] | a[26] | a[27] | a[28] | a[29] | a[30] | a[31]
             | a[32] | a[33] | a[34] | a[35]);

endmodule // zzor36_lv

////////////////////////////////////////////////////////////////////////////////
// 34 bit parity tree
// LVT version

module zzpar34_lv ( z, d );
   input  [33:0] d;
   output        z;

   assign  z =  d[0]  ^ d[1]  ^ d[2]  ^ d[3]  ^ d[4]  ^ d[5]  ^ d[6]  ^ d[7]
              ^ d[8]  ^ d[9]  ^ d[10] ^ d[11] ^ d[12] ^ d[13] ^ d[14] ^ d[15]
              ^ d[16] ^ d[17] ^ d[18] ^ d[19] ^ d[20] ^ d[21] ^ d[22] ^ d[23]
              ^ d[24] ^ d[25] ^ d[26] ^ d[27] ^ d[28] ^ d[29] ^ d[30] ^ d[31]
              ^ d[32] ^ d[33];

endmodule // zzpar34_lv